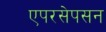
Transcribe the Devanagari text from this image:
एपरसेपसन